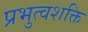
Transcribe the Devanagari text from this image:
प्रभुत्वशक्ति